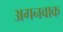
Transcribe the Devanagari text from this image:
अगनवाक